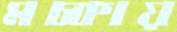
মচ্‌কায়